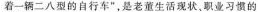
着一辆二八型的自行车”，是老董生活现状、职业习惯的